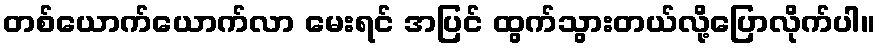
တစ်ယောက်ယောက်လာ မေးရင် အပြင် ထွက်သွားတယ်လို့ပြောလိုက်ပါ။